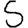
Digit: 5